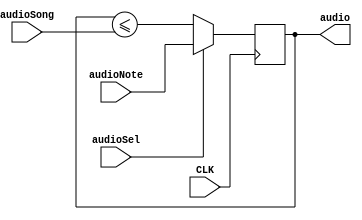
`timescale 1ns / 1ps


module Test_AudioSelMux(input CLK,
                        input audioNote, 
                        input audioSong,
                        input audioSel,
                        output reg audio
                        );
                        
       always@(posedge CLK) begin
            if(audioSel) audio <= audioNote;
            else audio <= audio <= audioSong;
      end
endmodule